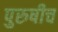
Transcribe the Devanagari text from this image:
पुरुषीच